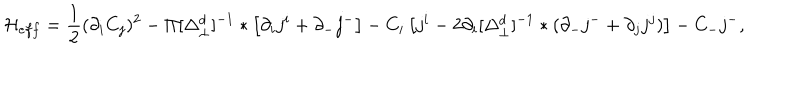
{ \cal H } _ { e f f } = \frac 1 2 ( \partial _ { i } C _ { j } ) ^ { 2 } - \Pi [ \Delta _ { \perp } ^ { d } ] ^ { - 1 } * \left[ \partial _ { i } j ^ { i } + \partial _ { - } j ^ { - } \right] - C _ { i } \left[ j ^ { i } - 2 \partial _ { i } [ \Delta _ { \perp } ^ { d } ] ^ { - 1 } * ( \partial _ { - } j ^ { - } + \partial _ { j } j ^ { j } ) \right] - C _ { - } j ^ { - } ,